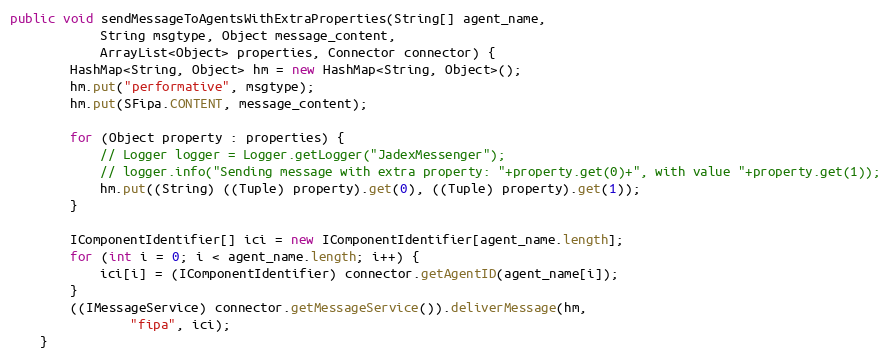
Language: Java
public void sendMessageToAgentsWithExtraProperties(String[] agent_name,
            String msgtype, Object message_content,
            ArrayList<Object> properties, Connector connector) {
        HashMap<String, Object> hm = new HashMap<String, Object>();
        hm.put("performative", msgtype);
        hm.put(SFipa.CONTENT, message_content);

        for (Object property : properties) {
            // Logger logger = Logger.getLogger("JadexMessenger");
            // logger.info("Sending message with extra property: "+property.get(0)+", with value "+property.get(1));
            hm.put((String) ((Tuple) property).get(0), ((Tuple) property).get(1));
        }

        IComponentIdentifier[] ici = new IComponentIdentifier[agent_name.length];
        for (int i = 0; i < agent_name.length; i++) {
            ici[i] = (IComponentIdentifier) connector.getAgentID(agent_name[i]);
        }
        ((IMessageService) connector.getMessageService()).deliverMessage(hm,
                "fipa", ici);
    }